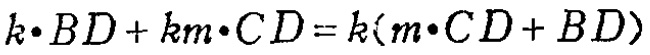
\(k\cdot BD + km\cdot CD=k(m\cdot CD + BD)\)